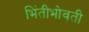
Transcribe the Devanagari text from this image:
भिंतीभोवती